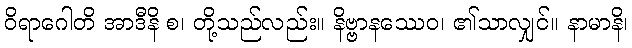
ဝိရာဂေါတိ အာဒီနိ စ၊ တို့သည်လည်း။ နိဗ္ဗာနဿေဝ၊ ၏သာလျှင်။ နာမာနိ၊